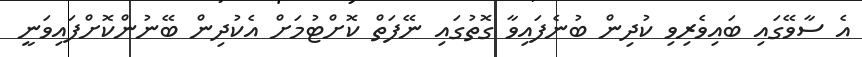
އެ ސާވޭގައި ބައިވެރިވި ކުދިން ބުނެފައިވާ ގޮތުގައި ނޭފަތް ކޮށްޓުމަށް އެކުދިން ބޭނުންކޮށްފައިވަނީ